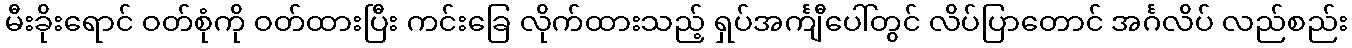
မီးခိုးရောင် ဝတ်စုံကို ဝတ်ထားပြီး ကင်းခြေ လိုက်ထားသည့် ရှပ်အင်္ကျီပေါ်တွင် လိပ်ပြာတောင် အင်္ဂလိပ် လည်စည်း